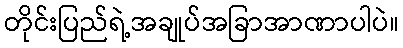
တိုင်းပြည်ရဲ့အချုပ်အခြာအာဏာပါပဲ။